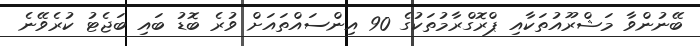
ބޭނުންވާ މަޝްރޫއުތަކާއި ޕްރޮގްރާމުތަކުގެ 90 އިންސައްތައަށް ވުރެ ބޮޑު ބައި ބަޖެޓު ކުރެވޭނެ